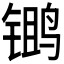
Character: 𫛾